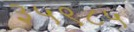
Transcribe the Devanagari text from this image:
३५९८५